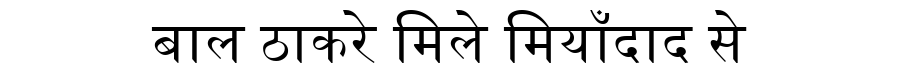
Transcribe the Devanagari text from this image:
बाल ठाकरे मिले मियाँदाद से